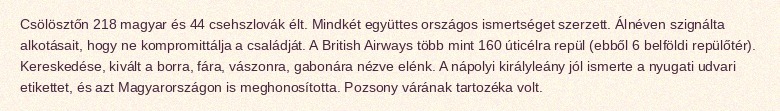
Csölösztőn 218 magyar és 44 csehszlovák élt. Mindkét együttes országos ismertséget szerzett. Álnéven szignálta alkotásait, hogy ne kompromittálja a családját. A British Airways több mint 160 úticélra repül (ebből 6 belföldi repülőtér). Kereskedése, kivált a borra, fára, vászonra, gabonára nézve elénk. A nápolyi királyleány jól ismerte a nyugati udvari etikettet, és azt Magyarországon is meghonosította. Pozsony várának tartozéka volt.